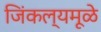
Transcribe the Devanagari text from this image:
जिंकल्यमूळे